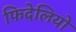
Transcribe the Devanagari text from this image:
फिदेलियो